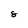
Character: 8